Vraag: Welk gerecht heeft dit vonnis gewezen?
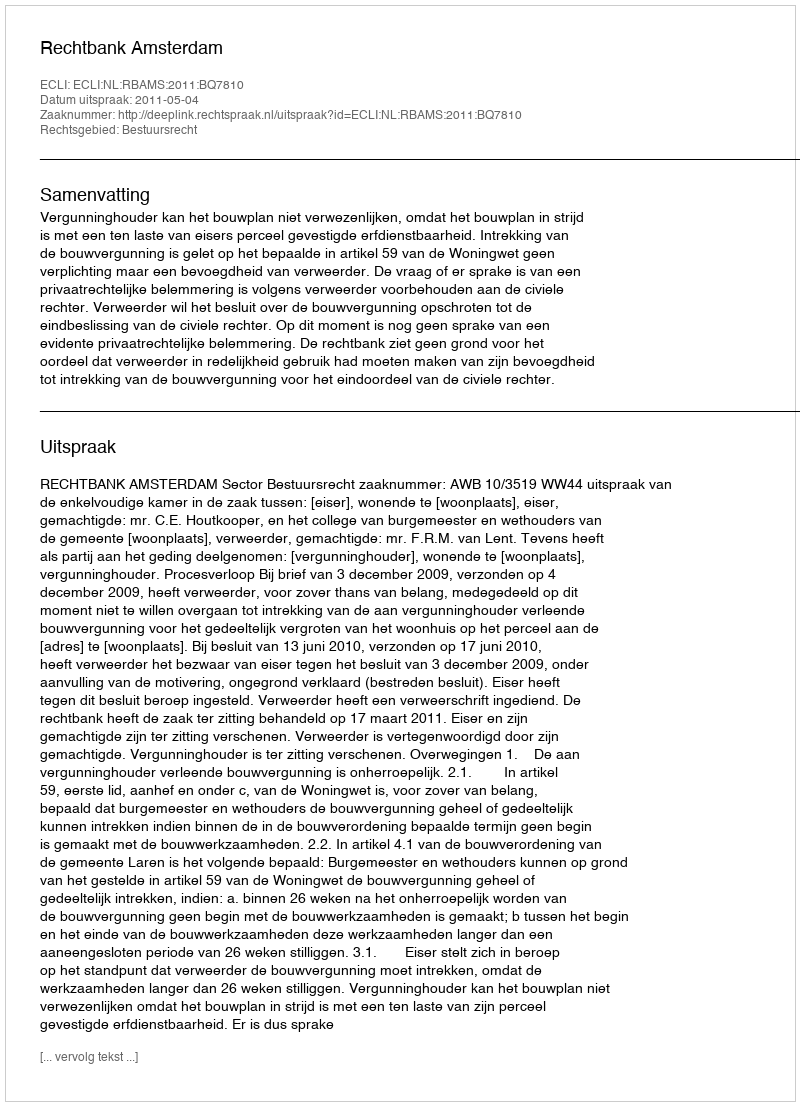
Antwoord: Rechtbank Amsterdam